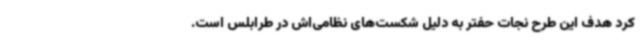
کرد هدف این طرح نجات حفتر به دلیل شکست‌های نظامی‌اش در طرابلس است.